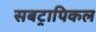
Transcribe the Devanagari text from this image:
सबट्रापिकल